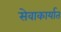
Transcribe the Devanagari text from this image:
सेवाकार्यात